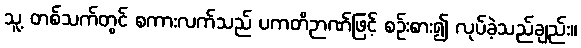
သူ့ တစ်သက်တွင် စကားလက်သည် ပကတိဉာဏ်ဖြင့် စဉ်းစား၍ လုပ်ခဲ့သည်ချည်း။